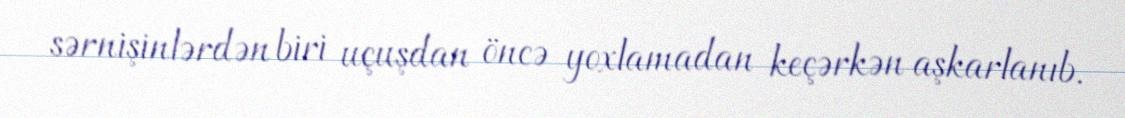
sərnişinlərdən biri uçuşdan öncə yoxlamadan keçərkən aşkarlanıb.